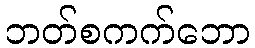
ဘတ်စကက်ဘော